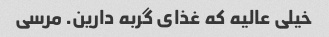
خیلی عالیه که غذای گربه دارین. مرسی